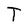
Character: T